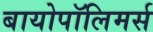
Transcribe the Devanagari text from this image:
बायोपॉलिमर्स